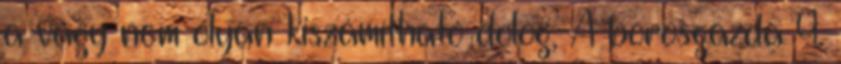
a vágy nem olyan kiszámítható dolog, A borosgazda 9.